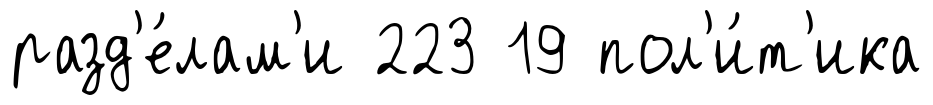
разд'е́лам'и 223 19 пол'и́т'ика